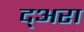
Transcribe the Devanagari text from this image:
द्अरा